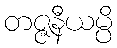
တဇ္ဇနီယမ္ပိ